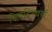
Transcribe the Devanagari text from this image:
नित्यदिनचर्या